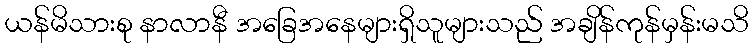
ယန်မိသားစု နာလာနီ အခြေအနေများရှိသူများသည် အချိန်ကုန်မှန်းမသိ